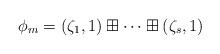
LaTeX: \begin{align*}\phi_m=(\zeta_1,1)\boxplus\cdots\boxplus(\zeta_s,1)\end{align*}